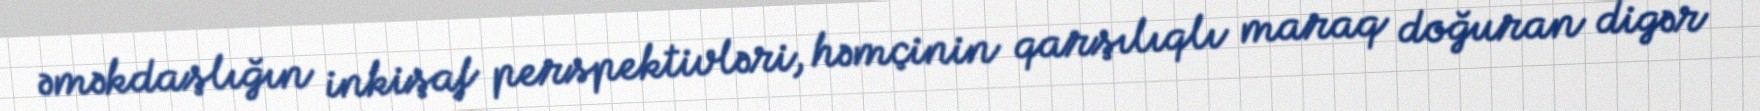
əməkdaşlığın inkişaf perspektivləri, həmçinin qarşılıqlı maraq doğuran digər